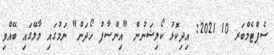
ސެޕްޓެމްބަރ 10 2021: އިދިކޮޅު ކޯލިޝަނުން "އިންސާފު ހޯދަން" ނަމުގައި މާލޭގައި ބޭއްވި